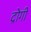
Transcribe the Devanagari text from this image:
द्रोगी